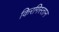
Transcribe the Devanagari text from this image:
किरगिस्तान